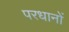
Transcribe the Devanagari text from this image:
परधानों